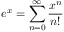
e ^ { x } = \sum _ { n = 0 } ^ { \infty } { \frac { x ^ { n } } { n ! } }